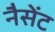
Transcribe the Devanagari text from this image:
नैसेंट